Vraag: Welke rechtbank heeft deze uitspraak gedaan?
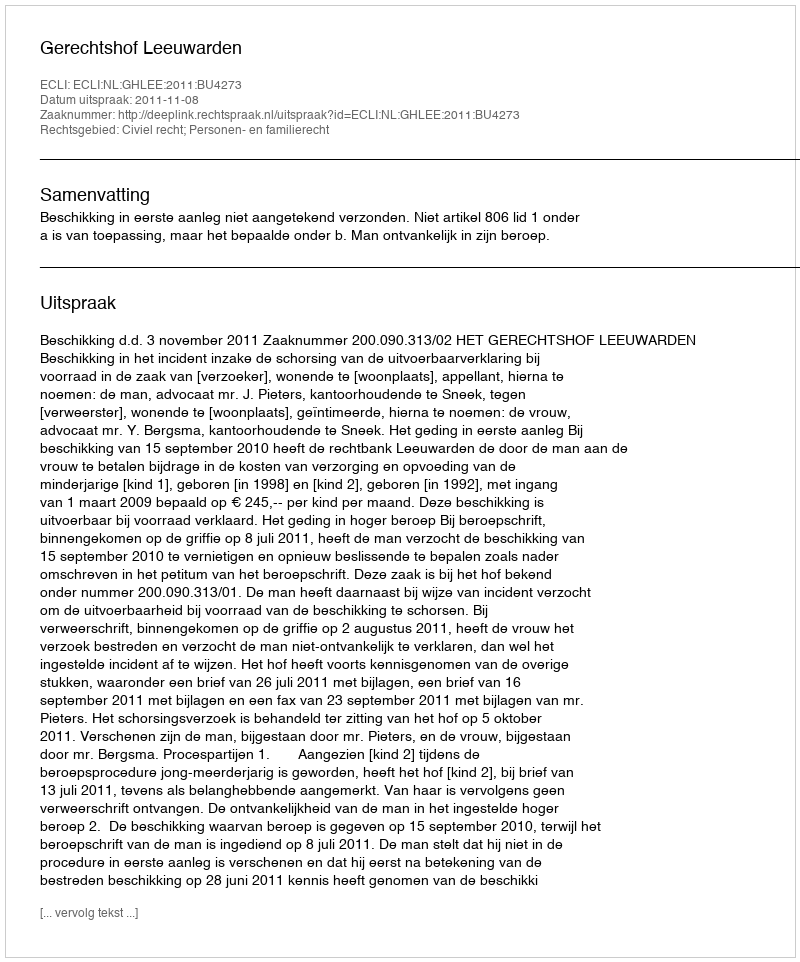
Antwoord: Gerechtshof Leeuwarden